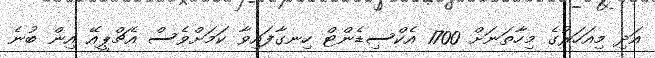
އަދި މިއަހަރުގެ މިހާތަނަށް 1700 އެކްސިޑެންޓް ހިނގާފައިވާ ކަމަށްވެސް އެޗްޕީއޭ އިން ބުނެ